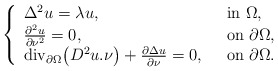
\begin{align*}\left\{\begin{array}{ll}\Delta^2 u = \lambda u,\ \ & {\rm in}\ \Omega,\\\frac{\partial^2 u}{\partial \nu^2 }=0 ,\ \ & {\rm on}\ \partial \Omega,\\{\rm div_{\partial\Omega}}\big(D^2u.\nu\big)+\frac{\partial\Delta u}{\partial\nu}=0 ,\ \ & {\rm on}\ \partial \Omega.\end{array}\right.\end{align*}